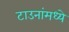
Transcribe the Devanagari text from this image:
टाउनांमध्ये